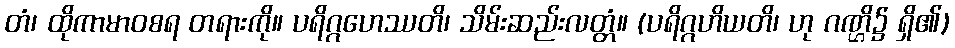
တံ၊ ထိုကာမာဝစရ တရားကို။ ပရိဂ္ဂဟေဿတိ၊ သိမ်းဆည်းလတ္တံ။ (ပရိဂ္ဂဟိယတိ၊ ဟု ဂဏ္ဌိ၌ ရှိ၏)